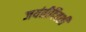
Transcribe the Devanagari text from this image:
जयंतीदिवशी